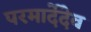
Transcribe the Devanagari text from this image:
परमार्देदेव